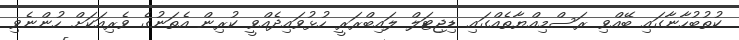
ކުތުބުހާނާގައި ބޭއްވި ރަސްމިއްޔާތެއްގައި ޑިޖިޓަލް ލައިބްރަރީ ހުޅުވައިދެއްވީ ކުރިން އެތަނުގެ ވެރިއަކަށް ހުންނެވި